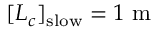
[ L _ { c } ] _ { \mathrm { s l o w } } = 1 \ \mathrm { m }